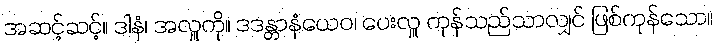
အဆင့်ဆင့်။ ဒါနံ၊ အလှူကို။ ဒဒန္တာနံယေဝ၊ ပေးလှူ ကုန်သည်သာလျှင် ဖြစ်ကုန်သော။